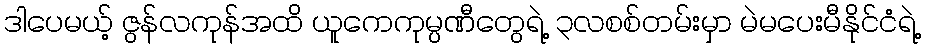
ဒါပေမယ့် ဇွန်လကုန်အထိ ယူကေကုမ္ပဏီတွေရဲ့ ၃လစစ်တမ်းမှာ မဲမပေးမီနိုင်ငံရဲ့